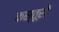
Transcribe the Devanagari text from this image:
कस्तूरों